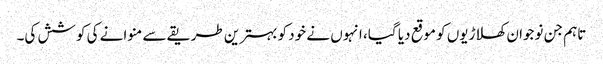
تاہم جن نوجوان کھلاڑیوں کو موقع دیا گیا، انہوں نے خود کو بہترین طریقے سے منوانے کی کوشش کی۔